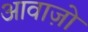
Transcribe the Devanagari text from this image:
आवाज़ो